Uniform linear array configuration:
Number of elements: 64
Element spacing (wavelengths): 0.25
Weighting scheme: uniform
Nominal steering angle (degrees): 60
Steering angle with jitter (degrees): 59.267
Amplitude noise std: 0.05
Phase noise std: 0.05

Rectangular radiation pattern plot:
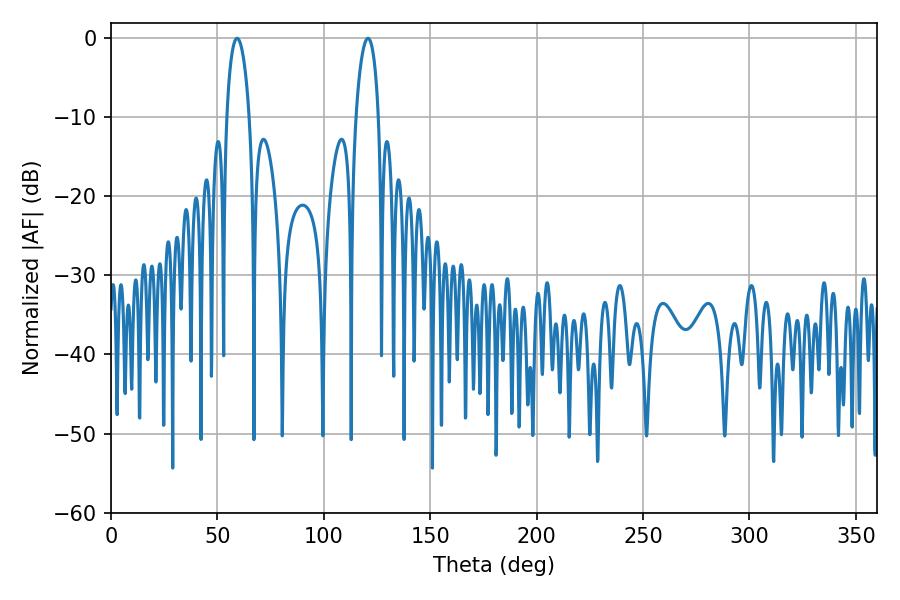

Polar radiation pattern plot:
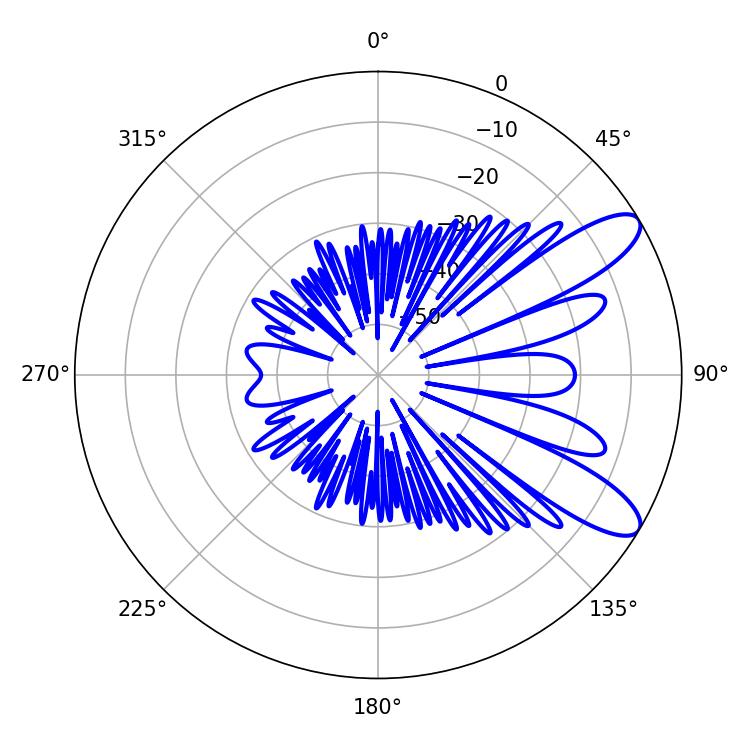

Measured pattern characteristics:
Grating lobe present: FALSE
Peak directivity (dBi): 9.816
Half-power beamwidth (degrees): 6.12
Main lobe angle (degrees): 120.78